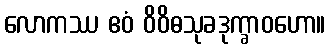
လောကဿ ဧဝံ ဝိဝိဓသုခဒုက္ခာဝဟော။